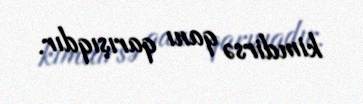
kimdirsə qanı qarışıqdır.